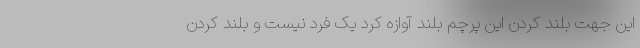
این جهت بلند کردن این پرچم بلند آوازه کرد یک فرد نیست و بلند کردن